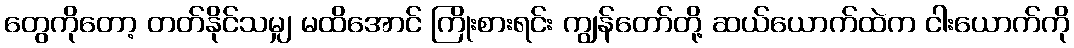
တွေကိုတော့ တတ်နိုင်သမျှ မထိအောင် ကြိုးစားရင်း ကျွန်တော်တို့ ဆယ်ယောက်ထဲက ငါးယောက်ကို